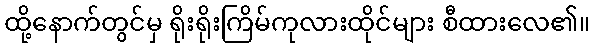
ထို့နောက်တွင်မှ ရိုးရိုးကြိမ်ကုလားထိုင်များ စီထားလေ၏။